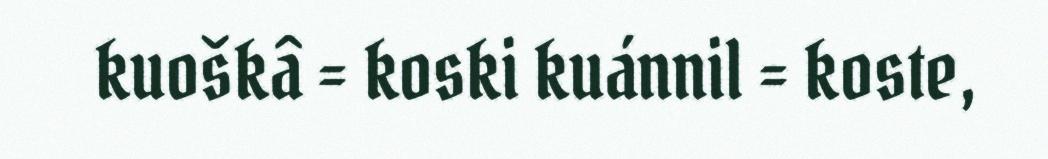
kuoškâ = koski kuánnil = koste,